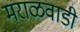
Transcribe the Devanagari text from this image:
मराळवाडी